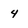
Character: 4